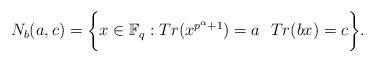
LaTeX: \begin{align*} N_{b}(a,c)=\biggl\lbrace x\in \mathbb{F}_{q}: Tr(x^{p^{\alpha}+1})=a\ \ Tr(bx)=c\biggr\rbrace. \end{align*}